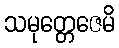
သမုတ္တေဇေမိ